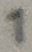
Text: 1